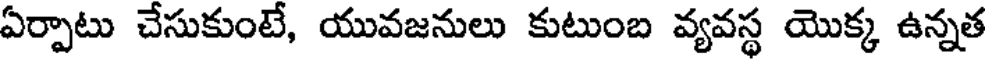
ఏర్పాటు చేసుకుంటే, యువజనులు కుటుంబ వ్యవస్థ యొక్క ఉన్నత